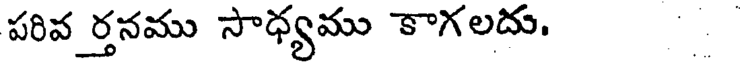
పరివ ర్తనము సాధ్యము కాగలదు.